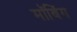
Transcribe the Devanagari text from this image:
मॉबिंग